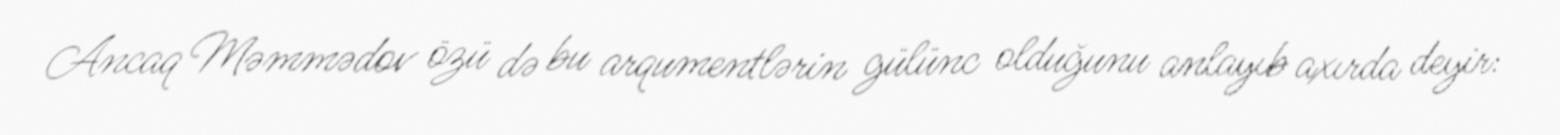
Ancaq Məmmədov özü də bu arqumentlərin gülünc olduğunu anlayıb axırda deyir: